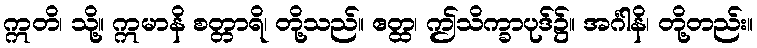
ဣတိ၊ သို့။ ဣမာနိ စတ္တာရိ၊ တို့သည်။ ဧတ္ထ၊ ဤသိက္ခာပုဒ်၌။ အင်္ဂါနိ၊ တို့တည်း။